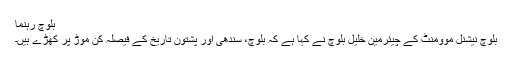
بلوچ رہنما
بلوچ نیشنل موومنٹ کے چیئرمین خلیل بلوچ نے کہا ہے کہ بلوچ، سندھی اور پشتون تاریخ کے فیصلہ کن موڑ پر کھڑے ہیں۔